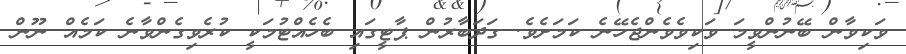
ވަކިވާން ބޭނުންވީމަ ވަކިވެވެންޖެހޭނެ ކަމަށެވެ. ގަދަބާރުން ޕާޓީގައި ބެހެއްޓުމަކީ ކުރެވިގެންވާނެ ކަމެއް ނޫން